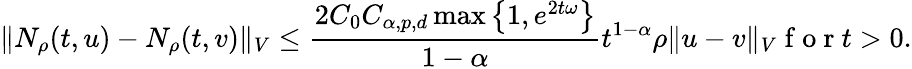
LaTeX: \Vert N_{\rho}(t,u)-N_{\rho}(t,v)\Vert_{V}\leq\frac{2C_{0}C_{\alpha,p,d}\operatorname*{max}\left\{ 1,e^{2t\omega}\right\} }{1-\alpha}t^{1-\alpha}\rho\Vert u-v\Vert_{V}\mathrm{~f~o~r~}t>0.